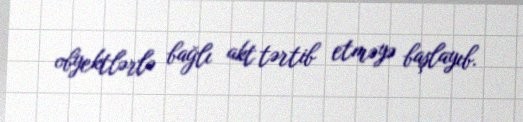
obyektlərlə bağlı akt tərtib etməyə başlayıb.